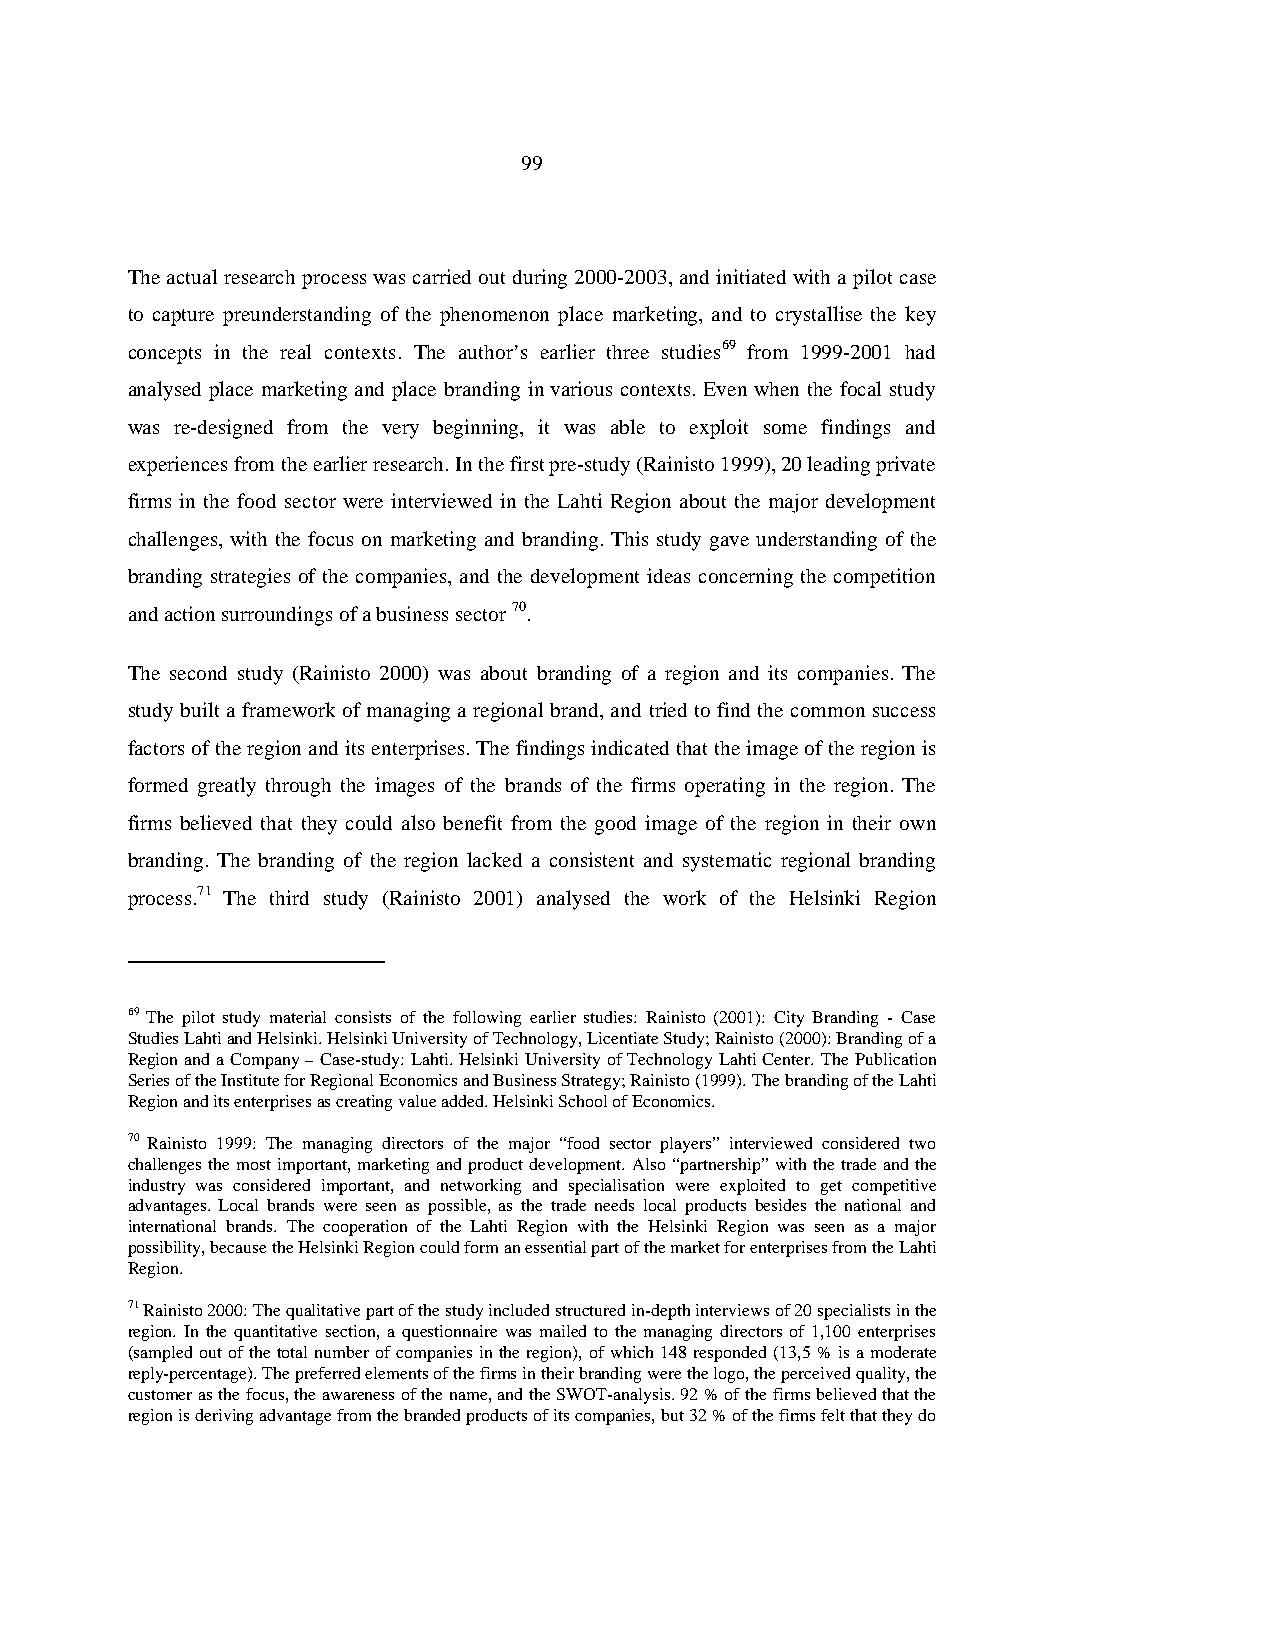
99
 The actual research process was carried out during 2000-2003, and initiated with a pilot case
 to capture preunderstanding of the phenomenon place marketing, and to crystallise the key
 concepts in the real contexts. The author’s earlier three studies69 from 1999-2001 had
 analysed place marketing and place branding in various contexts. Even when the focal study
 was re-designed from the very beginning, it was able to exploit some findings and
 experiences from the earlier research. In the first pre-study (Rainisto 1999), 20 leading private
 firms in the food sector were interviewed in the Lahti Region about the major development
 challenges, with the focus on marketing and branding. This study gave understanding of the
 branding strategies of the companies, and the development ideas concerning the competition
 and action surroundings of a business sector 70.
 The second study (Rainisto 2000) was about branding of a region and its companies. The
 study built a framework of managing a regional brand, and tried to find the common success
 factors of the region and its enterprises. The findings indicated that the image of the region is
 formed greatly through the images of the brands of the firms operating in the region. The
 firms believed that they could also benefit from the good image of the region in their own
 branding. The branding of the region lacked a consistent and systematic regional branding
 process.71 The third study (Rainisto 2001) analysed the work of the Helsinki Region
 69 The pilot study material consists of the following earlier studies: Rainisto (2001): City Branding - Case
 Studies Lahti and Helsinki. Helsinki University of Technology, Licentiate Study; Rainisto (2000): Branding of a
 Region and a Company – Case-study: Lahti. Helsinki University of Technology Lahti Center. The Publication
 Series of the Institute for Regional Economics and Business Strategy; Rainisto (1999). The branding of the Lahti
 Region and its enterprises as creating value added. Helsinki School of Economics.
 70 Rainisto 1999: The managing directors of the major “food sector players” interviewed considered two
 challenges the most important, marketing and product development. Also “partnership” with the trade and the
 industry was considered important, and networking and specialisation were exploited to get competitive
 advantages. Local brands were seen as possible, as the trade needs local products besides the national and
 international brands. The cooperation of the Lahti Region with the Helsinki Region was seen as a major
 possibility, because the Helsinki Region could form an essential part of the market for enterprises from the Lahti
 Region.
 71 Rainisto 2000: The qualitative part of the study included structured in-depth interviews of 20 specialists in the
 region. In the quantitative section, a questionnaire was mailed to the managing directors of 1,100 enterprises
 (sampled out of the total number of companies in the region), of which 148 responded (13,5 % is a moderate
 reply-percentage). The preferred elements of the firms in their branding were the logo, the perceived quality, the
 customer as the focus, the awareness of the name, and the SWOT-analysis. 92 % of the firms believed that the
 region is deriving advantage from the branded products of its companies, but 32 % of the firms felt that they do